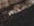
عابرة